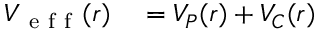
\begin{array} { r l } { V _ { \mathrm { ~ e ~ f ~ f ~ } } ( r ) } & { { } = V _ { P } ( r ) + V _ { C } ( r ) } \end{array}